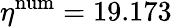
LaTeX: \eta^{\mathrm{num}}=19.173